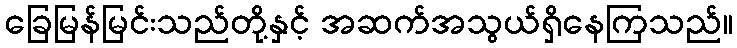
ခြေမြန်မြင်းသည်တို့နှင့် အဆက်အသွယ်ရှိနေကြသည်။